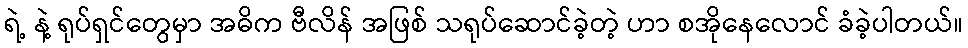
ရဲ့ နဲ့ ရုပ်ရှင်တွေမှာ အဓိက ဗီလိန် အဖြစ် သရုပ်ဆောင်ခဲ့တဲ့ ဟာ စအိုနေလောင် ခံခဲ့ပါတယ်။